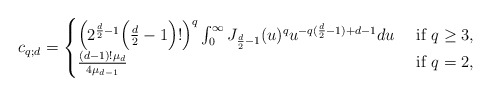
\begin{align*}c_{q;d}= \begin{cases}\Big(2^ {\frac d2 -1}\Big(\frac d2-1\Big)! \Big)^ q\int_0^ \infty J_{\frac d2 -1}(u)^ q u^ {-q(\frac d2-1)+d-1}du& \mbox{ if } q\geq 3,\cr\frac{(d-1)! \mu_d}{4\mu_{d-1}}&\mbox{ if } q=2,\\\end{cases}\end{align*}